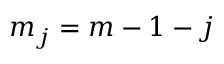
m _ { j } = m - 1 - j